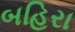
બહિરા